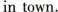
in town.